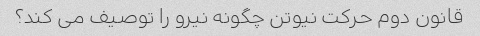
قانون دوم حرکت نیوتن چگونه نیرو را توصیف می کند؟